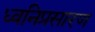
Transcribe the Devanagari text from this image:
ध्वनिप्रसारण